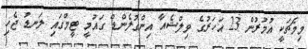
މިމެޗަކީ އުމުރުން 23 އަހަރުގެ ވިލްޝެއާ އިންގުލެންޑް ގައުމީ ޓީމްގައި ލަނޑު ޖެހި